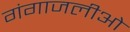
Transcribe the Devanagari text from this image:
गंगाजलीओ